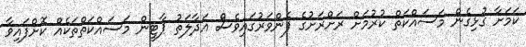
ކަމަށާ ގުޅިގެން މަސައްކަތް ކުރުމަށް ރަށްރަށުގެ ފެންވަރުގައިވެސް އަދާލަތު ޕާޓީން މަސައްކަތްތަކެއް ކޮށްފައިވާ